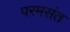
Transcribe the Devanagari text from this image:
परमसंत